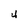
Character: 4